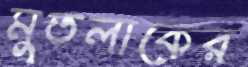
মুতলাকের